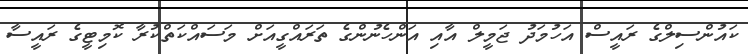
ކައުންސިލްގެ ރައީސް އަހުމަދު ޖަމީލް އާއި އަންހެނުންގެ ތަރައްގީއަށް މަސައްކަތްކުރާ ކޮމިޓީގެ ރައީސާ